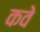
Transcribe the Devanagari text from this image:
कवे